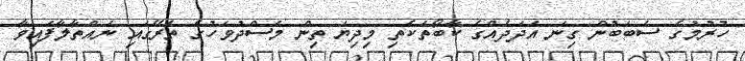
ހުރުމުގެ ސަބަބުން ގިނަ އަދަދެއްގެ ކާބޯތަކެތި މިދިޔަ ތިން މަސްދުވަހުގެ ތެރޭގައި ނައްތާލާފައިވާ